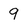
Character: 9